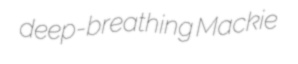
deep-breathing Mackie